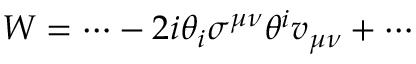
{ \displaystyle W = \cdots - 2 i \theta _ { i } \sigma ^ { \mu \nu } \theta ^ { i } v _ { \mu \nu } + \cdots }